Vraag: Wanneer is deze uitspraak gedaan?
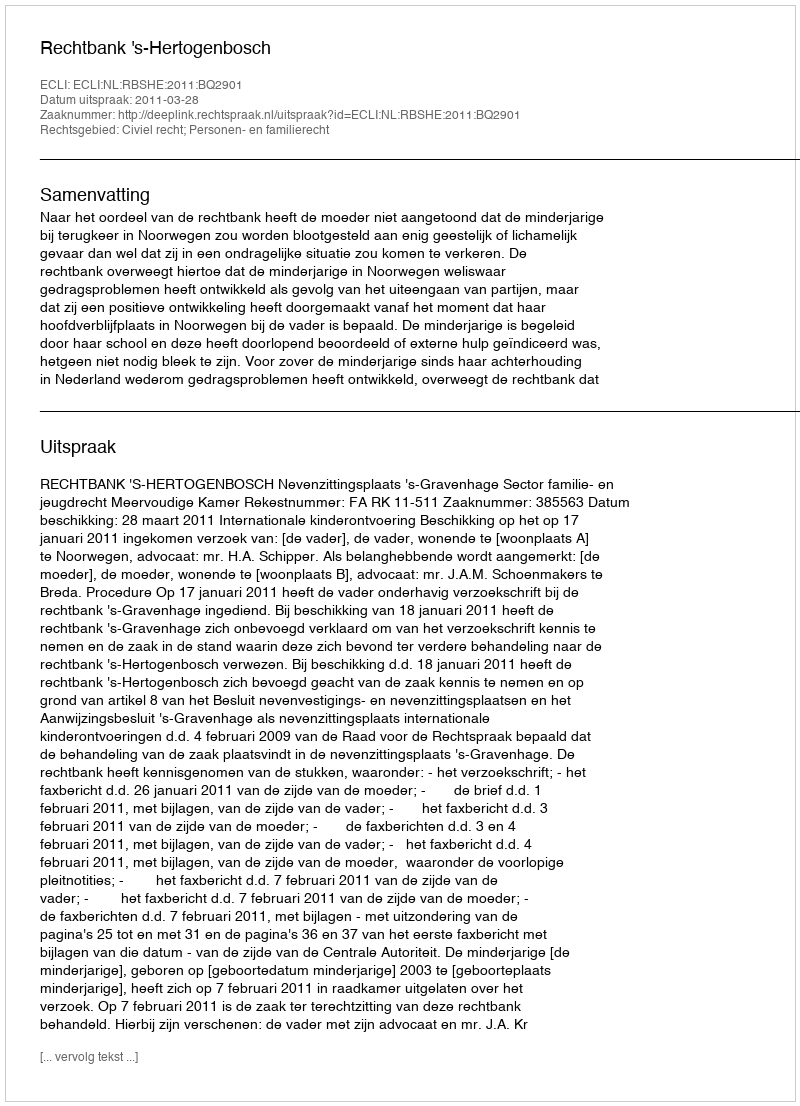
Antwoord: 2011-03-28